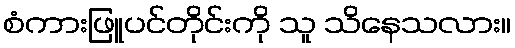
စံကားဖြူပင်တိုင်းကို သူ သိနေသလား။